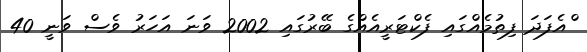
ްއެފަދަ ފިތުމެއްގައި ފެކްޓަރީއެއްގެ ބޭރުގައި 2002 ވަނަ އަހަރު ވެސް ވަނީ 40